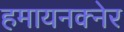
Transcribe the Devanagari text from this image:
हमायनक्नेर